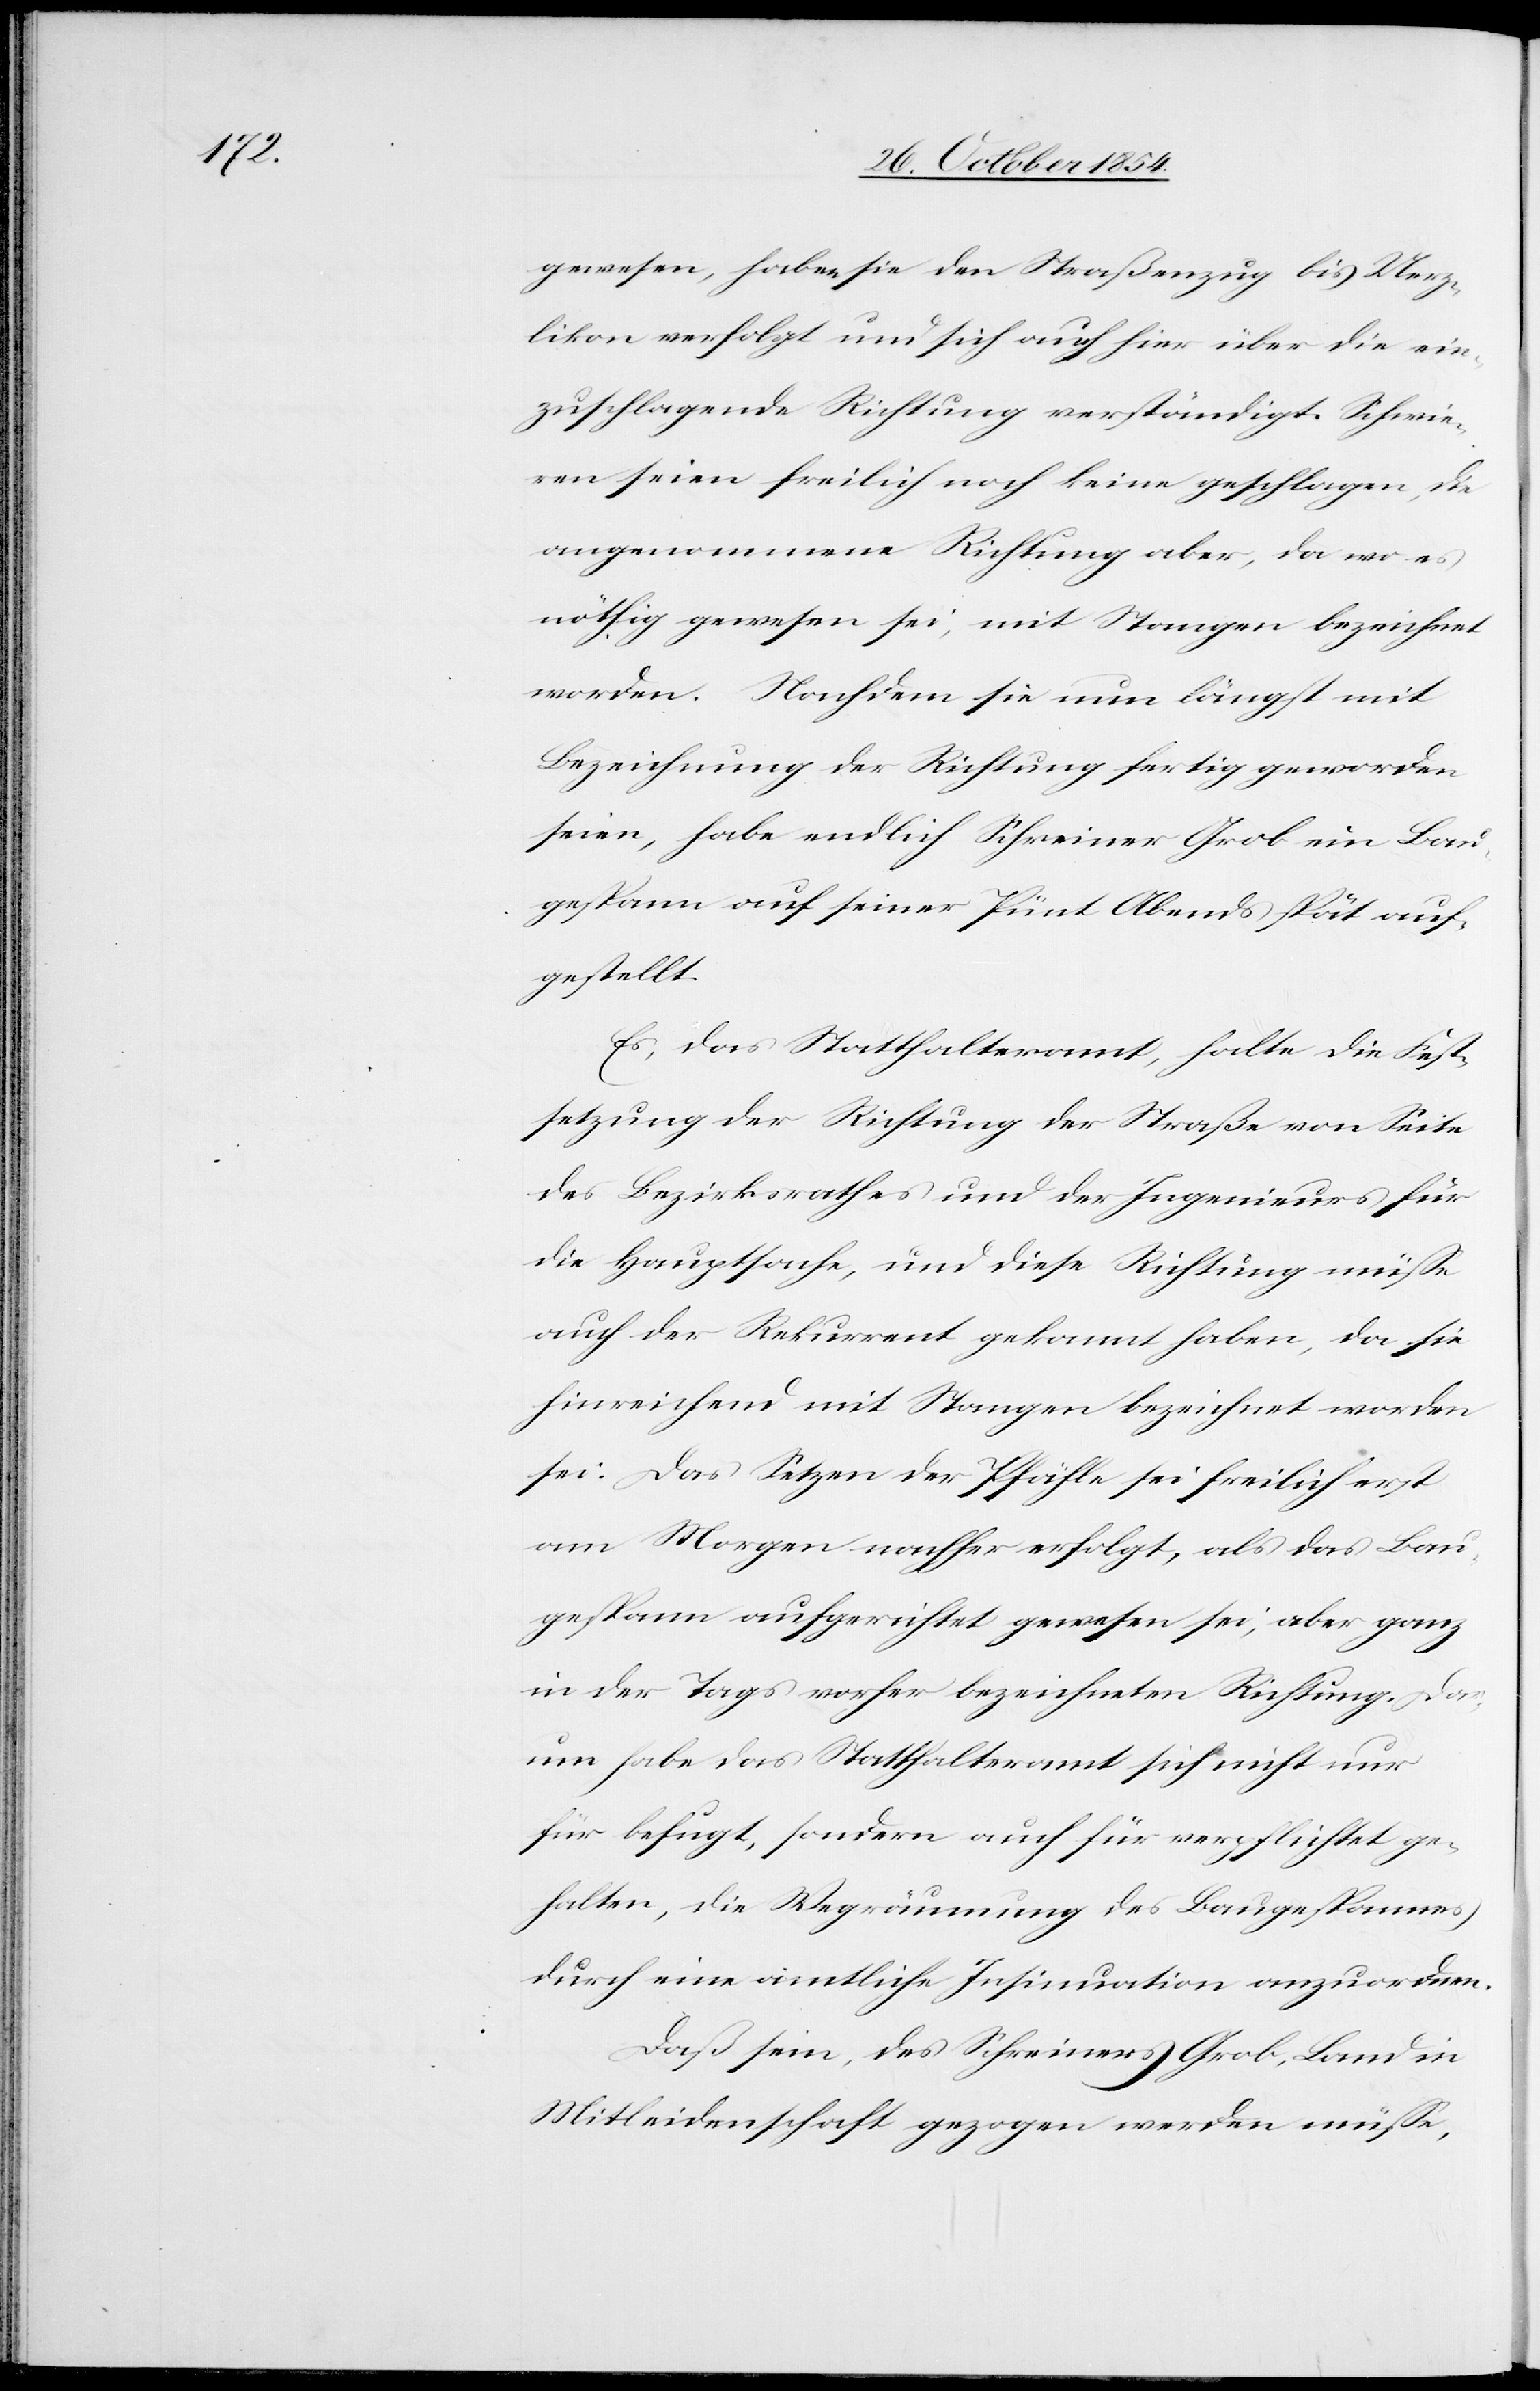
gewesen, haben sie den Straßenzug bis Uerz¬
likon verfolgt und sich auch hier über die ein¬
zuschlagende Richtung verständigt. Schwie¬
ren seien freilich noch keine geschlagen, die
angenommene Richtung aber, da wo es
nöthig gewesen sei, mit Stangen bezeichnet
worden. Nachdem sie nun längst mit
Bezeichnung der Richtung fertig geworden
seien, habe endlich Schreiner Grob ein Bau¬
gespann auf seiner Pünt Abends spät auf¬
gestellt.
Es, das Statthalteramt, halte die Fest¬
setzung der Richtung der Straße von Seite
des Bezirksrathes und der Ingenieurs für
die Hauptsache, und diese Richtung müße
auch der Rekurrent gekannt haben, da sie
hinreichend mit Stangen bezeichnet worden
sei. Das Setzen der Pfähle sei freilich erst
am Morgen nachher erfolgt, als das Bau¬
gespann aufgerichtet gewesen sei, aber ganz
in der Tages vorher bezeichneten Richtung. Dar¬
um habe das Statthalteramt sich nicht nur
für befugt, sondern auch für verpflichtet ge¬
halten, die Wegräumung des Baugespannes
durch eine amtliche Insinuation anzuordnen.
Daß sein, des Schreiners Grob, Land in
Mitleidenschaft gezogen werden müße,